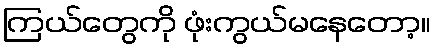
ကြယ်တွေကို ဖုံးကွယ်မနေတော့။